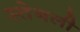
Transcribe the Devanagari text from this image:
स्तेनली